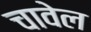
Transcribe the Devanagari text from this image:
चावेल